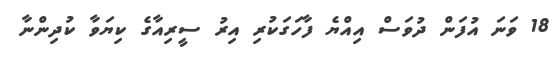
18 ވަނަ އުފަން ދުވަސް އިއްޔެ ފާހަގަކުރި އިރު ސީރިއާގެ ކިޔަވާ ކުދިންނާ